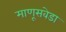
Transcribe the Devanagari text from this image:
माणूसवेडा